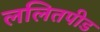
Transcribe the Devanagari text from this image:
ललितपीड